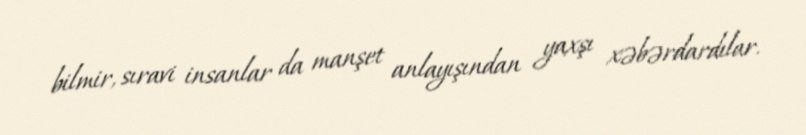
bilmir, sıravi insanlar da manşet anlayışından yaxşı xəbərdardılar.